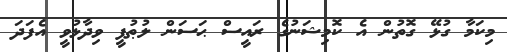
މިކަމާ ގުޅޭ ގޮތުން އެ ކޮމިޝަނުގެ ރައީސް ޙަސަން ލުޠުފީ ވިދާޅުވީ އެފަދަ